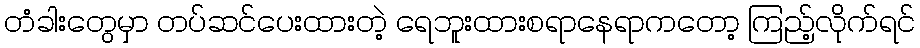
တံခါးတွေမှာ တပ်ဆင်ပေးထားတဲ့ ရေဘူးထားစရာနေရာကတော့ ကြည့်လိုက်ရင်